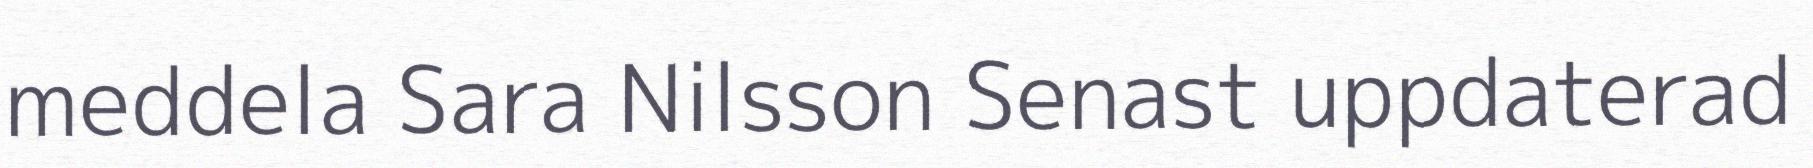
meddela Sara Nilsson Senast uppdaterad